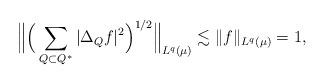
LaTeX: \begin{align*}\Big\| \Big(\sum_{Q \subset Q^*} |\Delta_Q f|^2 \Big)^{1/2} \Big\|_{L^q(\mu)} \lesssim \|f\|_{L^q(\mu)} = 1, \end{align*}